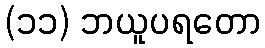
(၁၁) ဘယူပရတော